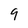
Character: 9